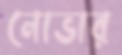
নোভার